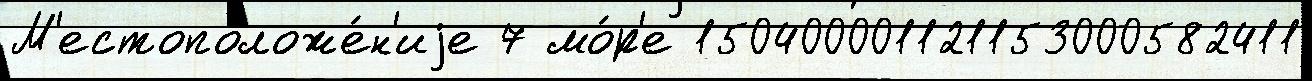
М'естоположе́н'иjе 7 мо́р'е 150400001121153000582411